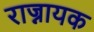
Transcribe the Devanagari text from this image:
राज्नायक